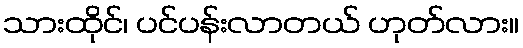
သားထိုင်၊ ပင်ပန်းလာတယ် ဟုတ်လား။